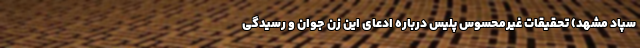
سپاد مشهد) تحقیقات غیرمحسوس پلیس درباره ادعای این زن جوان و رسیدگی